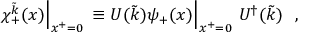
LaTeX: \chi _ { + } ^ { \tilde { k } } ( x ) { \Bigl \vert } _ { x ^ { + } = 0 } \, \equiv U ( \tilde { k } ) \psi _ { + } ( x ) { \Bigl \vert } _ { x ^ { + } = 0 } ~ U ^ { \dagger } ( \tilde { k } ) ~ ~ ,